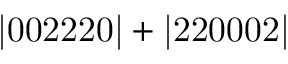
\mathrm { | 0 0 2 2 2 0 | + | 2 2 0 0 0 2 | }